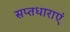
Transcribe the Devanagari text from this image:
सप्तधाराएं